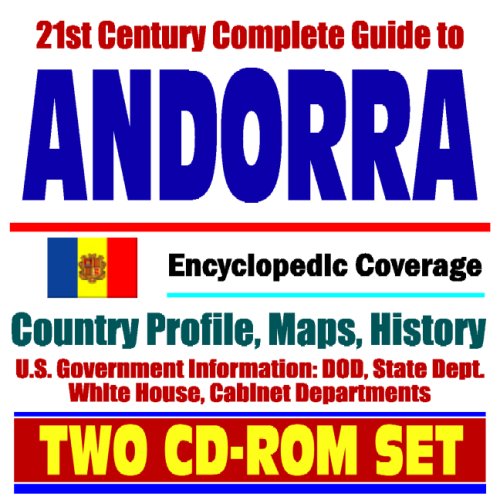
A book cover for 21st Century Complete Guide to Andorra - Encyclopedic Coverage, Country Profile, History, U.S. Relations, Business, Trade, Agriculture (Two CD-ROM Set); U.S. Government; Travel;